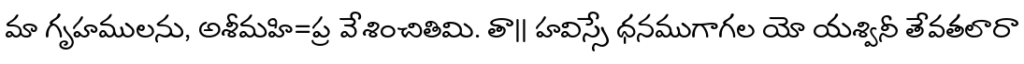
మా గృహములను, అశీమహి=ప్ర వేశించితిమి. తా|| హవిస్సే ధనముగాగల యో యశ్వినీ తేవతలారా